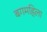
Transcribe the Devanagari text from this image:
बगमहिला